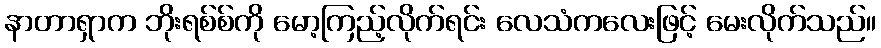
နာတာရှာက ဘိုးရစ်စ်ကို မော့ကြည့်လိုက်ရင်း လေသံကလေးဖြင့် မေးလိုက်သည်။